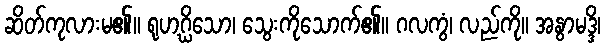
ဆိတ်ကုလားမ၏။ ရုဟဂ္ဃိသော၊ သွေးကိုသောက်၏။ ဂလကွံ၊ လည်ကို။ အနွာမဒ္ဒိ၊